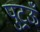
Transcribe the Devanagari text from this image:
पुट्रऊँ